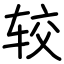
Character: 较